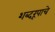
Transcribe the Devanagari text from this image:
शब्दरूपाचे